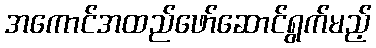
အကောင်အထည်ဖော်ဆောင်ရွက်မည့်